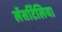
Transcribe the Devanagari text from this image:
लॅसर्टिलिया